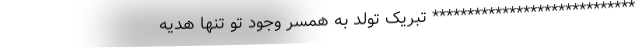
***************************** تبریک تولد به همسر وجود تو تنها هدیه